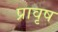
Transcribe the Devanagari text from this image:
प्रावृष